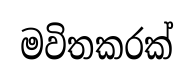
මවිතකරක්